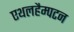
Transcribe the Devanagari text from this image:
एथलहैम्पटन